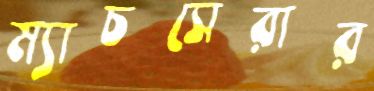
ম্যাচসেরার